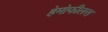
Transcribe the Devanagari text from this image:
हेमोफीलस